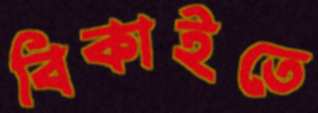
বিকাইতে